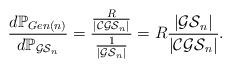
LaTeX: \begin{align*}\frac{d \mathbb{P}_{Gen(n)}}{d \mathbb{P}_{\mathcal{GS}_n}}= \frac{\frac{R}{|\mathcal{CGS}_n|}}{\frac1{|\mathcal{GS}_n|}}= R \frac{|\mathcal{GS}_n|}{|\mathcal{CGS}_n|}.\end{align*}